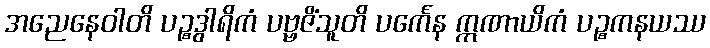
အညေနေဝါတိ ပဉ္စဒွါရိကံ ပဗ္ဗဇိံသူတိ ပင်္ကေန ဣဏာယိကံ ပဉ္စကနယဿ